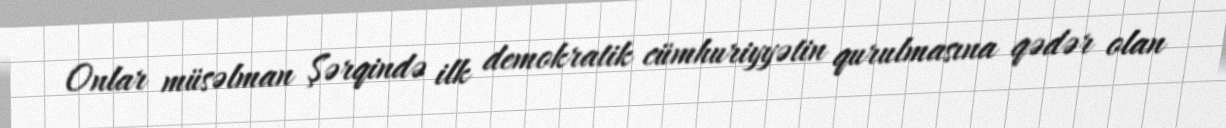
Onlar müsəlman Şərqində ilk demokratik cümhuriyyətin qurulmasına qədər olan